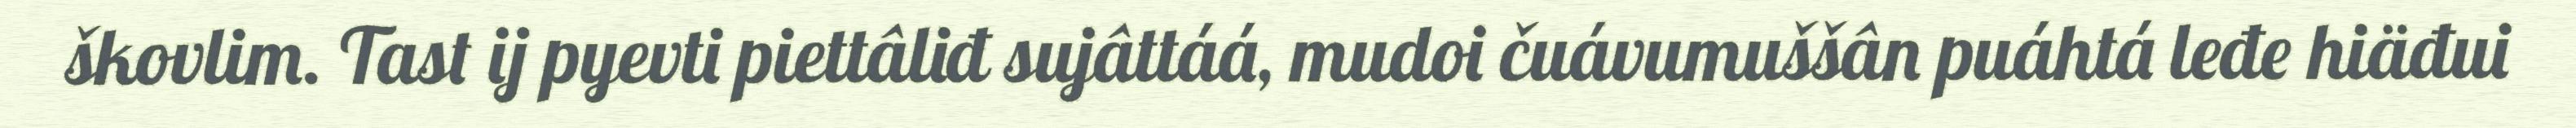
škovlim. Tast ij pyevti piettâliđ sujâttáá, mudoi čuávumuššân puáhtá leđe hiäđui